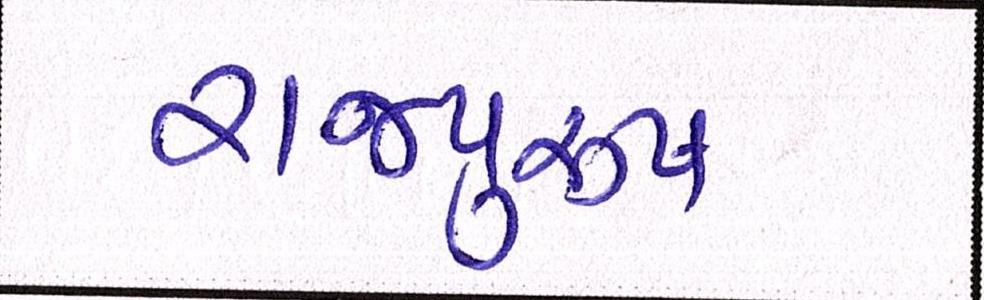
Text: રાજપુરુષ